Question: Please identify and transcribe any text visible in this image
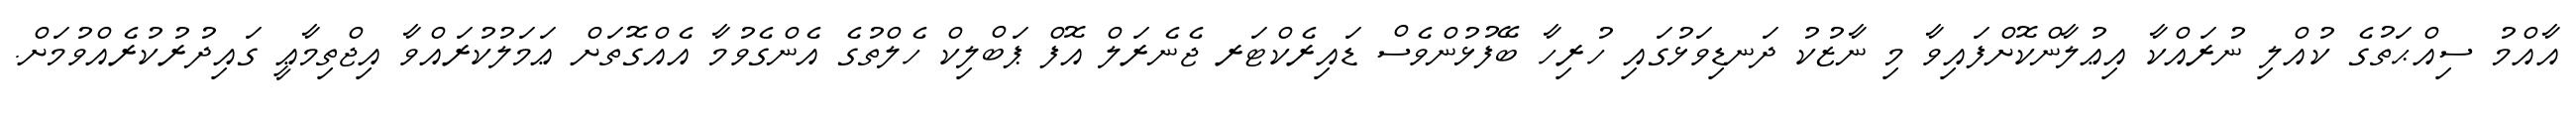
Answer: އާއްމު ސިއްޙަތުގެ ކުއްލި ނުރައްކާ އިޢުލާންކޮށްފައިވާ މި ނާޒުކު ދަނޑިވަޅުގައި ހުރިހާ ބޭފުޅުންވެސް ޑައިރެކްޓަރ ޖެނެރަލް އޮފް ޕަބްލިކް ހެލްތުގެ އެންގެވުމާ އެއްގޮތަށް ޢަމަލުކުރައްވާ އިޖްތިމާޢީ ގައިދުރުކުރެއްވުމަށް.